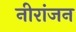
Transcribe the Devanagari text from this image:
नीरांजन